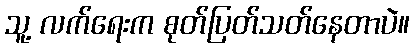
သူ့ လက်ရေးက စုတ်ပြတ်သတ်နေတာပဲ။